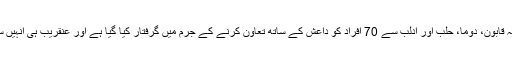
واضح رہے کہ اب تک علاقہ قابون، دوما، حلب اور ادلب سے 70 افراد کو داعش کے ساتھ تعاون کرنے کے جرم میں گرفتار کیا گیا ہے اور عنقریب ہی انہیں سرعام پھانسی دی جائے گی۔